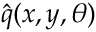
\hat { q } ( x , y , \theta )